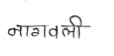
मजकूर: नागवली